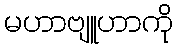
မဟာဗျူဟာကို